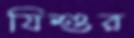
যিশুর